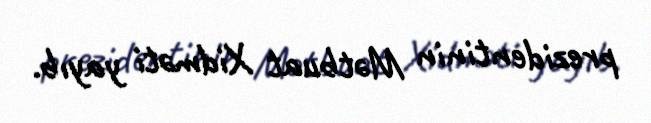
prezidentinin Mətbuat Xidməti yayıb.